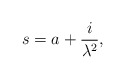
\begin{align*}s = a + \frac{i}{\lambda^2}, \end{align*}